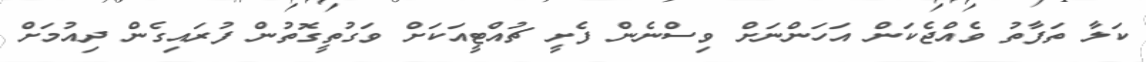
ކަލާ ތަފާތު ވެއްޖެކަން އަހަންނަށް ވިސްނެން ފެށީ ޗުއްޓީއަކަށް ވަގުތީގޮތުން ފުރައިގެން ދިއުމަށް